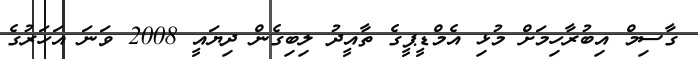
ގާސިމް އިބުރާހިމަށް މުޅި އެމްޑީޕީގެ ތާއީދު ލިބިގެން ދިޔައީ 2008 ވަނަ އަހަރުގެ